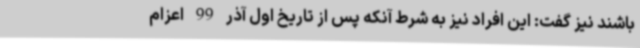
باشند نیز گفت: این افراد نیز به شرط آنکه پس از تاریخ اول آذر 99 اعزام